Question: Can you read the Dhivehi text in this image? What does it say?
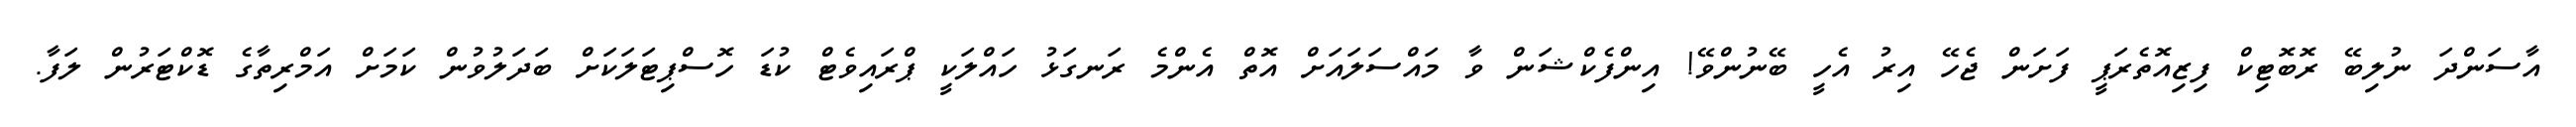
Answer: އާސަންދަ ނުލިބޭ ރޮބޮޓިކް ފިޒިއޮތެރަޕީ ފަށަން ޖެހޭ އިރު އެހީ ބޭނުންވޭ! އިންފެކްޝަން ވާ މައްސަލައަށް އޮތް އެންމެ ރަނގަޅު ހައްލަކީ ޕްރައިވެޓް ކުޑަ ހޮސްޕިޓަލަކަށް ބަދަލުވުން ކަމަށް އަމްރިތާގެ ޑޮކްޓަރުން ލަފާ.